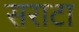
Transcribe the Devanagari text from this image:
सराटा